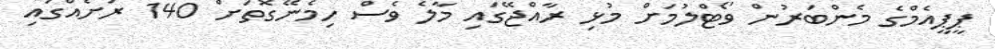
ޕީޕީއެމްގެ މެންބަރުން ވޯޓްލުމަށް މުޅި ރާއްޖޭގައި މާލެ ވެސް ހިމެނޭގޮތަށް 140 ރަށެއްގައި